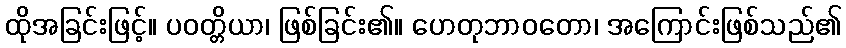
ထိုအခြင်းဖြင့်။ ပဝတ္တိယာ၊ ဖြစ်ခြင်း၏။ ဟေတုဘာဝတော၊ အကြောင်းဖြစ်သည်၏